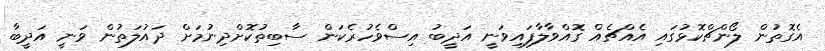
އެގޮތުން ލޯންޗްކޮޅުގައި އެއްޗެއް ގޮއްވާލާފައިވަނީ އަދީބު އިސްވެހުރެކަން ސާބިތުކޮށްދިނުމަށް ދައުލަތުން ވަނީ އަދީބާ